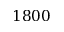
1 8 0 0